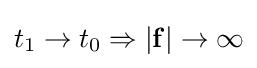
t_{1}\rightarrow t_{0}\Rightarrow \left|\mathbf {f} \right|\rightarrow \infty